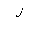
Letter: _lam